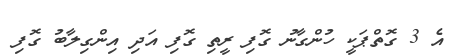
އެ 3 ގޮތްޕަކީ ހުންގާނު ގޮފި ރީތި ގޮފި އަދި އިންގިލާބު ގޮފި